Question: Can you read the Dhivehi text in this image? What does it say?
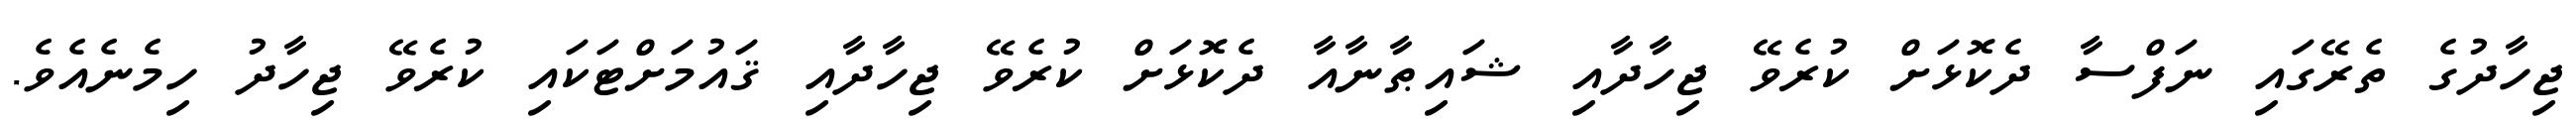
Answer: ޖިހާދުގެ ތެރޭގައި ނަފްސާ ދެކޮޅަށް ކުރެވޭ ޖިހާދާއި ޝައިޠާނާއާ ދެކޮޅަށް ކުރެވޭ ޖިހާދާއި ޤައުމަށްޓަކައި ކުރެވޭ ޖިހާދު ހިމެނެއެވެ.